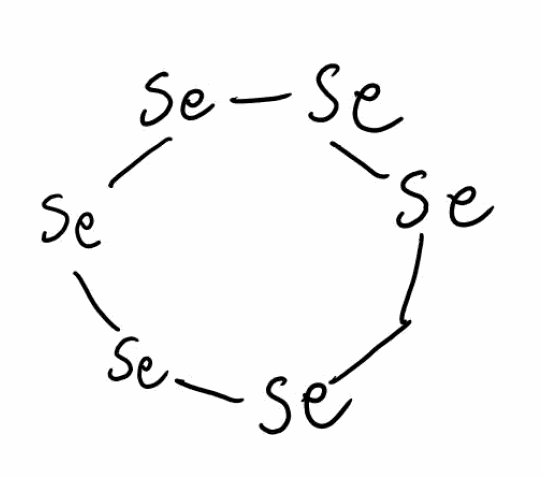
Simplified molecular-input line-entry system (SMILES) notation of the given molecule:
C1[Se][Se][Se][Se][Se][Se]1